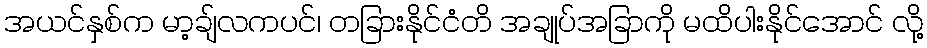
အယင်နှစ်က မာ့ချ်လကပင်၊ တခြားနိုင်ငံတိ အချုပ်အခြာကို မထိပါးနိုင်အောင် လို့